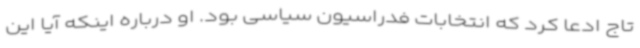
تاج ادعا کرد که انتخابات فدراسیون سیاسی بود. او درباره اینکه آیا این